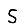
Digit: 5